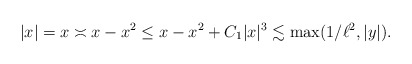
\begin{align*}|x| = x \asymp x - x^2 \leq x - x^2 + C_1|x|^3 \lesssim \max(1/\ell^2,|y|).\end{align*}